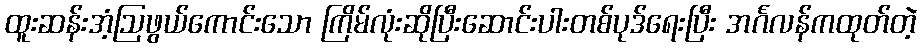
ထူးဆန်းအံ့ဩဖွယ်ကောင်းသော ကြိမ်လုံးဆိုပြီးဆောင်းပါးတစ်ပုဒ်ရေးပြီး အင်္ဂလန်ကထုတ်တဲ့